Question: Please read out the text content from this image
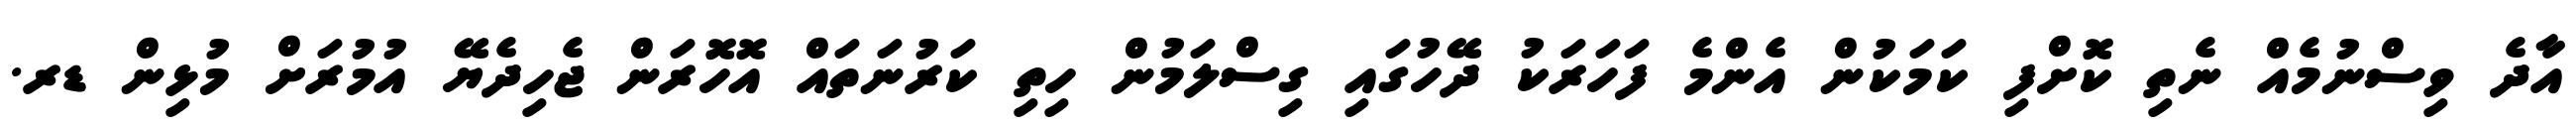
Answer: އާދެ ވިސްނުމެއް ނެތި ކޮށްފި ކަމަކުން އެންމެ ފަހަރަކު ދޭހުގައި ގިސްލަމުން ހިތި ކަރުނަތައް އޮހޮރަން ޖެހިދެޔޭ އުމުރަށް މުޅިން ޑރ.